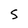
Character: S